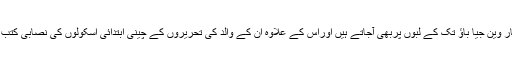
ليکن اُن کی بين الاقوامی شہرت، اُن کے والد کا ايک مشہور شاعر ہونا، جن کے اشعار کبھی کبھار وين جيا باؤ تک کے لبوں پربھی آجاتے ہيں اوراس کے علاوہ اُن کے والد کی تحريروں کے چينی ابتدائی اسکولوں کی نصابی کتب ميں شامل ہونے کی وجہ سے بھی اپريل کے آغاز تک آئی حکومتی عتاب سے بچے رہے تھے۔